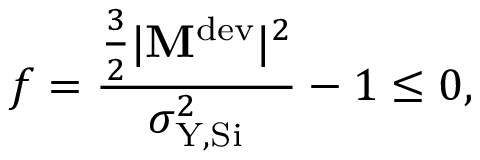
f = \frac { \frac { 3 } { 2 } | \mathbf { M } ^ { \mathrm { d e v } } | ^ { 2 } } { \sigma _ { \mathrm { Y , S i } } ^ { 2 } } - 1 \leq 0 ,